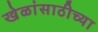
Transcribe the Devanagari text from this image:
खेळांसाठीच्या